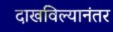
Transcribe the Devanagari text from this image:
दाखविल्यानंतर